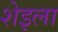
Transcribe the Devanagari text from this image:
शेइला